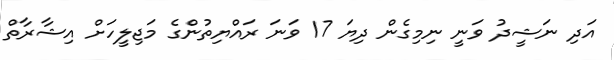
އަދި ނަޝީދު ވަނީ ނިމިގެން ދިޔަ 17 ވަނަ ރައްޔިތުންގެ މަޖިލީހަށް އިޝާރާތް